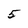
Character: 5